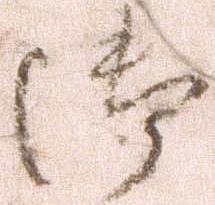
御